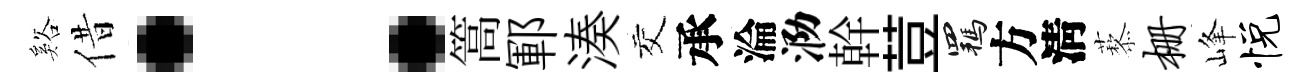
谿借：篙鄆湊交承淪泐幹荳羈方淸藜栅峰悦